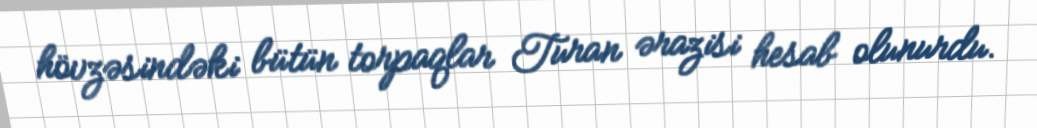
hövzəsindəki bütün torpaqlar Turan ərazisi hesab olunurdu.